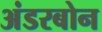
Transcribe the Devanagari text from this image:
अंडरबोन